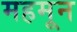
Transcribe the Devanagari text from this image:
महमून